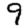
Digit: 9